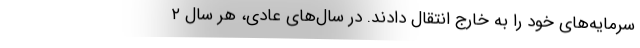
سرمایه‌های خود را به خارج انتقال دادند. در سال‌های عادی، هر سال ۲